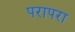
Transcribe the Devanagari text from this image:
परापरा